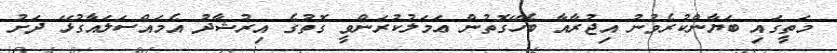
މަތީގައި ބަޔާންކުރެވުނު އިޖުރާއާ ބެހޭގޮތުން ޢަމަލުކުރަންވީ ގޮތުގެ އިރުޝާދު އެމައްސަލައާގުޅޭ ދަށު